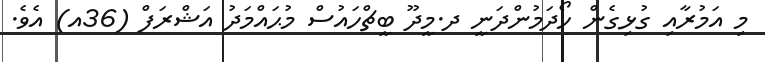
މި އަމުރާއި ގުޅިގެން ހޯދަމުންދަނީ ދ.މީދޫ ބީޗްހައުސް މުޙައްމަދު އަޝްރަފް (36އ) އެވެ.